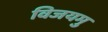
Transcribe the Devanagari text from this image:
विजयमु